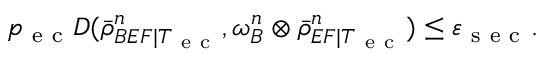
p _ { \mathrm { ~ e ~ c ~ } } D ( \bar { \rho } _ { B E F | T _ { \mathrm { ~ e ~ c ~ } } } ^ { n } , \omega _ { B } ^ { n } \otimes \bar { \rho } _ { E F | T _ { \mathrm { ~ e ~ c ~ } } } ^ { n } ) \leq \varepsilon _ { \mathrm { ~ s ~ e ~ c ~ } } .